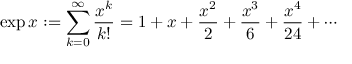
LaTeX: \exp x : = \sum _ { k = 0 } ^ { \infty } { \frac { x ^ { k } } { k ! } } = 1 + x + { \frac { x ^ { 2 } } { 2 } } + { \frac { x ^ { 3 } } { 6 } } + { \frac { x ^ { 4 } } { 2 4 } } + \cdots